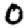
Digit: 0